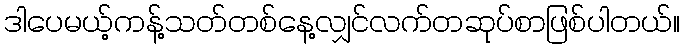
ဒါပေမယ့်ကန့်သတ်တစ်နေ့လျှင်လက်တဆုပ်စာဖြစ်ပါတယ်။